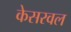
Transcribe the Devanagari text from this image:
केसरवल